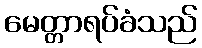
မေတ္တာရပ်ခံသည်